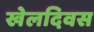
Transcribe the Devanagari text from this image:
खेलदिवस